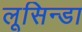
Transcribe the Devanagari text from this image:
लूसिन्डा